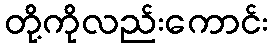
တို့ကိုလည်းကောင်း